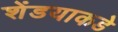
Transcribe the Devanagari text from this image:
शेंडयाकडे